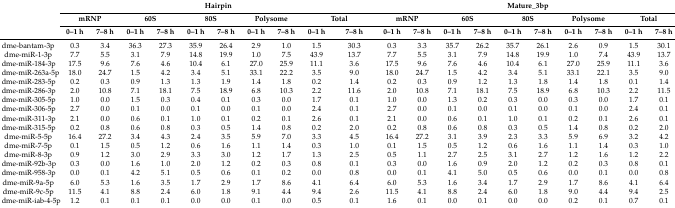
<table><thead><tr><td rowspan="3"></td><td colspan="10"><b>Hairpin</b></td><td colspan="10"><b>Mature_3bp</b></td></tr><tr><td colspan="2"><b>mRNP</b></td><td colspan="2"><b>60S</b></td><td colspan="2"><b>80S</b></td><td colspan="2"><b>Polysome</b></td><td colspan="2"><b>Total</b></td><td colspan="2"><b>mRNP</b></td><td colspan="2"><b>60S</b></td><td colspan="2"><b>80S</b></td><td colspan="2"><b>Polysome</b></td><td colspan="2"><b>Total</b></td></tr><tr><td><b>0–1 h</b></td><td><b>7–8 h</b></td><td><b>0–1 h</b></td><td><b>7–8 h</b></td><td><b>0–1 h</b></td><td><b>7–8 h</b></td><td><b>0–1 h</b></td><td><b>7–8 h</b></td><td><b>0–1 h</b></td><td><b>7–8 h</b></td><td><b>0–1 h</b></td><td><b>7–8 h</b></td><td><b>0–1 h</b></td><td><b>7–8 h</b></td><td><b>0–1 h</b></td><td><b>7–8 h</b></td><td><b>0–1 h</b></td><td><b>7–8 h</b></td><td><b>0–1 h</b></td><td><b>7–8 h</b></td></tr></thead><tbody><tr><td>dme-bantam-3p</td><td>0.3</td><td>3.4</td><td>36.3</td><td>27.3</td><td>35.9</td><td>26.4</td><td>2.9</td><td>1.0</td><td>1.5</td><td>30.3</td><td>0.3</td><td>3.3</td><td>35.7</td><td>26.2</td><td>35.7</td><td>26.1</td><td>2.6</td><td>0.9</td><td>1.5</td><td>30.1</td></tr><tr><td>dme-miR-1-3p</td><td>7.7</td><td>5.5</td><td>3.1</td><td>7.9</td><td>14.8</td><td>19.9</td><td>1.0</td><td>7.5</td><td>43.9</td><td>13.7</td><td>7.7</td><td>5.5</td><td>3.1</td><td>7.9</td><td>14.8</td><td>19.9</td><td>1.0</td><td>7.4</td><td>43.9</td><td>13.7</td></tr><tr><td>dme-miR-184-3p</td><td>17.5</td><td>9.6</td><td>7.6</td><td>4.6</td><td>10.4</td><td>6.1</td><td>27.0</td><td>25.9</td><td>11.1</td><td>3.6</td><td>17.5</td><td>9.6</td><td>7.6</td><td>4.6</td><td>10.4</td><td>6.1</td><td>27.0</td><td>25.9</td><td>11.1</td><td>3.6</td></tr><tr><td>dme-miR-263a-5p</td><td>18.0</td><td>24.7</td><td>1.5</td><td>4.2</td><td>3.4</td><td>5.1</td><td>33.1</td><td>22.2</td><td>3.5</td><td>9.0</td><td>18.0</td><td>24.7</td><td>1.5</td><td>4.2</td><td>3.4</td><td>5.1</td><td>33.1</td><td>22.1</td><td>3.5</td><td>9.0</td></tr><tr><td>dme-miR-283-5p</td><td>0.2</td><td>0.3</td><td>0.9</td><td>1.3</td><td>1.3</td><td>1.9</td><td>1.4</td><td>1.8</td><td>0.2</td><td>1.4</td><td>0.2</td><td>0.3</td><td>0.9</td><td>1.2</td><td>1.3</td><td>1.8</td><td>1.4</td><td>1.8</td><td>0.1</td><td>1.4</td></tr><tr><td>dme-miR-286-3p</td><td>2.0</td><td>10.8</td><td>7.1</td><td>18.1</td><td>7.5</td><td>18.9</td><td>6.8</td><td>10.3</td><td>2.2</td><td>11.6</td><td>2.0</td><td>10.8</td><td>7.1</td><td>18.1</td><td>7.5</td><td>18.9</td><td>6.8</td><td>10.3</td><td>2.2</td><td>11.5</td></tr><tr><td>dme-miR-305-5p</td><td>1.0</td><td>0.0</td><td>1.5</td><td>0.3</td><td>0.4</td><td>0.1</td><td>0.3</td><td>0.0</td><td>1.7</td><td>0.1</td><td>1.0</td><td>0.0</td><td>1.3</td><td>0.2</td><td>0.3</td><td>0.0</td><td>0.3</td><td>0.0</td><td>1.7</td><td>0.1</td></tr><tr><td>dme-miR-306-5p</td><td>2.7</td><td>0.0</td><td>0.1</td><td>0.0</td><td>0.1</td><td>0.0</td><td>0.1</td><td>0.0</td><td>2.4</td><td>0.1</td><td>2.7</td><td>0.0</td><td>0.1</td><td>0.0</td><td>0.1</td><td>0.0</td><td>0.1</td><td>0.0</td><td>2.4</td><td>0.1</td></tr><tr><td>dme-miR-311-3p</td><td>2.1</td><td>0.0</td><td>0.6</td><td>0.1</td><td>1.0</td><td>0.1</td><td>0.2</td><td>0.1</td><td>2.6</td><td>0.1</td><td>2.1</td><td>0.0</td><td>0.6</td><td>0.1</td><td>1.0</td><td>0.1</td><td>0.2</td><td>0.1</td><td>2.6</td><td>0.1</td></tr><tr><td>dme-miR-315-5p</td><td>0.2</td><td>0.8</td><td>0.6</td><td>0.8</td><td>0.3</td><td>0.5</td><td>1.4</td><td>0.8</td><td>0.2</td><td>2.0</td><td>0.2</td><td>0.8</td><td>0.6</td><td>0.8</td><td>0.3</td><td>0.5</td><td>1.4</td><td>0.8</td><td>0.2</td><td>2.0</td></tr><tr><td>dme-miR-5-5p</td><td>16.4</td><td>27.2</td><td>3.4</td><td>4.3</td><td>2.4</td><td>3.5</td><td>5.9</td><td>7.0</td><td>3.3</td><td>4.5</td><td>16.4</td><td>27.2</td><td>3.1</td><td>3.9</td><td>2.3</td><td>3.3</td><td>5.9</td><td>6.9</td><td>3.2</td><td>4.2</td></tr><tr><td>dme-miR-7-5p</td><td>0.1</td><td>1.5</td><td>0.5</td><td>1.2</td><td>0.6</td><td>1.6</td><td>1.1</td><td>1.4</td><td>0.3</td><td>1.0</td><td>0.1</td><td>1.5</td><td>0.5</td><td>1.2</td><td>0.6</td><td>1.6</td><td>1.1</td><td>1.4</td><td>0.3</td><td>1.0</td></tr><tr><td>dme-miR-8-3p</td><td>0.9</td><td>1.2</td><td>3.0</td><td>2.9</td><td>3.3</td><td>3.0</td><td>1.2</td><td>1.7</td><td>1.3</td><td>2.5</td><td>0.5</td><td>1.1</td><td>2.7</td><td>2.5</td><td>3.1</td><td>2.7</td><td>1.2</td><td>1.6</td><td>1.2</td><td>2.2</td></tr><tr><td>dme-miR-92b-3p</td><td>0.3</td><td>0.0</td><td>1.6</td><td>1.0</td><td>2.0</td><td>1.2</td><td>0.2</td><td>0.3</td><td>0.8</td><td>0.1</td><td>0.3</td><td>0.0</td><td>1.6</td><td>0.9</td><td>2.0</td><td>1.2</td><td>0.2</td><td>0.3</td><td>0.8</td><td>0.1</td></tr><tr><td>dme-miR-958-3p</td><td>0.0</td><td>0.1</td><td>4.2</td><td>5.1</td><td>0.5</td><td>0.6</td><td>0.1</td><td>0.2</td><td>0.0</td><td>0.8</td><td>0.0</td><td>0.1</td><td>4.1</td><td>5.0</td><td>0.5</td><td>0.6</td><td>0.0</td><td>0.1</td><td>0.0</td><td>0.8</td></tr><tr><td>dme-miR-9a-5p</td><td>6.0</td><td>5.3</td><td>1.6</td><td>3.5</td><td>1.7</td><td>2.9</td><td>1.7</td><td>8.6</td><td>4.1</td><td>6.4</td><td>6.0</td><td>5.3</td><td>1.6</td><td>3.4</td><td>1.7</td><td>2.9</td><td>1.7</td><td>8.6</td><td>4.1</td><td>6.4</td></tr><tr><td>dme-miR-9c-5p</td><td>11.5</td><td>4.1</td><td>8.8</td><td>2.4</td><td>6.0</td><td>1.8</td><td>9.1</td><td>4.4</td><td>9.4</td><td>2.6</td><td>11.5</td><td>4.1</td><td>8.8</td><td>2.4</td><td>6.0</td><td>1.8</td><td>9.0</td><td>4.4</td><td>9.4</td><td>2.5</td></tr><tr><td>dme-miR-iab-4-5p</td><td>1.2</td><td>0.1</td><td>0.1</td><td>0.1</td><td>0.0</td><td>0.0</td><td>0.1</td><td>0.0</td><td>0.5</td><td>0.1</td><td>1.6</td><td>0.1</td><td>0.0</td><td>0.1</td><td>0.0</td><td>0.0</td><td>0.2</td><td>0.1</td><td>0.7</td><td>0.1</td></tr></tbody></table>